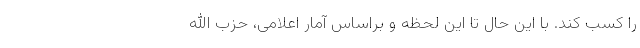
را کسب کند. با این حال تا این لحظه و براساس آمار اعلامی، حزب الله